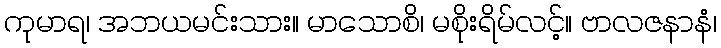
ကုမာရ၊ အဘယမင်းသား။ မာသောစိ၊ မစိုးရိမ်လင့်။ ဗာလဇနာနံ၊